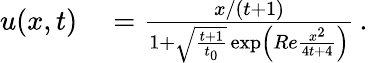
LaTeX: \begin{array}{rl}{u(x,t)}&{{}=\frac{x/(t+1)}{1+\sqrt{\frac{t+1}{t_{0}}}\exp\left(Re\frac{x^{2}}{4t+4}\right)}\, .}\end{array}